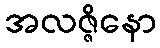
အလဇ္ဇိနော